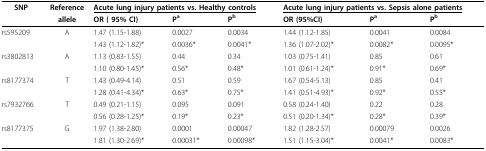
<table><thead><tr><td><b>SNP</b></td><td><b>Reference</b></td><td colspan="3"><b><underline>Acute lung injury patients vs. Healthy controls</underline></b></td><td colspan="3"><b><underline>Acute lung injury patients vs. Sepsis alone patients</underline></b></td></tr><tr><td></td><td><b>allele</b></td><td><b>OR ( 95% CI)</b></td><td><b>P<sup>a</sup></b></td><td><b>P<sup>b</sup></b></td><td><b>OR (95%CI)</b></td><td><b>P<sup>a</sup></b></td><td><b>P<sup>b</sup></b></td></tr></thead><tbody><tr><td>rs595209</td><td>A</td><td>1.47 (1.15-1.88)</td><td>0.0027</td><td>0.0034</td><td>1.44 (1.12-1.85)</td><td>0.0041</td><td>0.0084</td></tr><tr><td></td><td></td><td>1.43 (1.12-1.82)*</td><td>0.0036*</td><td>0.0041*</td><td>1.36 (1.07-2.02)*</td><td>0.0082*</td><td>0.0095*</td></tr><tr><td>rs3802813</td><td>A</td><td>1.13 (0.83-1.55)</td><td>0.44</td><td>0.34</td><td>1.03 (0.75-1.41)</td><td>0.85</td><td>0.61</td></tr><tr><td></td><td></td><td>1.10 (0.80-1.45)*</td><td>0.56*</td><td>0.48*</td><td>1.01 (0.61-1.24)*</td><td>0.91*</td><td>0.69*</td></tr><tr><td>rs8177374</td><td>T</td><td>1.43 (0.49-4.14)</td><td>0.51</td><td>0.59</td><td>1.67 (0.54-5.13)</td><td>0.85</td><td>0.41</td></tr><tr><td></td><td></td><td>1.28 (0.41-4.34)*</td><td>0.63*</td><td>0.75*</td><td>1.41 (0.51-4.93)*</td><td>0.92*</td><td>0.55*</td></tr><tr><td>rs7932766</td><td>T</td><td>0.49 (0.21-1.15)</td><td>0.095</td><td>0.091</td><td>0.58 (0.24-1.40)</td><td>0.22</td><td>0.28</td></tr><tr><td></td><td></td><td>0.56 (0.28-1.25)*</td><td>0.19*</td><td>0.23*</td><td>0.51 (0.20-1.34)*</td><td>0.28*</td><td>0.39*</td></tr><tr><td>rs8177375</td><td>G</td><td>1.97 (1.38-2.80)</td><td>0.0001</td><td>0.00047</td><td>1.82 (1.28-2.57)</td><td>0.00079</td><td>0.0026</td></tr><tr><td></td><td></td><td>1.81 (1.30-2.69)*</td><td>0.00031*</td><td>0.00098*</td><td>1.51 (1.15-3.04)*</td><td>0.0041*</td><td>0.0083*</td></tr></tbody></table>